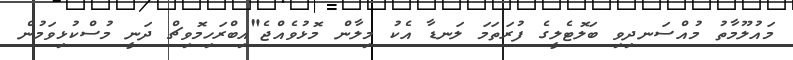
މައުލޫމާތު މުއްސަނދިވި ބަލޮޓެލީގެ ފުރަތަމަ ލަނޑާ އެކު މިލާން މޮޅުވެއްޖެ"އިބްރަހިމޮވިޗް ދަނީ މުސްކުޅިވަމުން